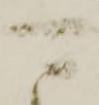
可